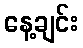
နေ့ချင်း